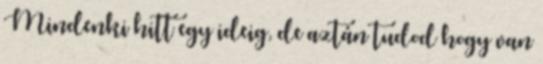
Mindenki hitt egy ideig, de aztán tudod hogy van